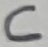
Text: C